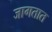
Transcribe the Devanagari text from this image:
जागतात